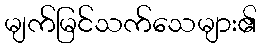
မျက်မြင်သက်သေများ၏